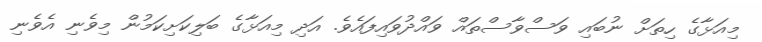
މިއަޅާގެ ހިތަށް ނުބައި ވަސްވާސްތައް ވައްދުވައިފައެވެ. އަދި މިއަޅާގެ ބަލިކަށިކަމުން މިވެނި އެވެނި